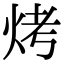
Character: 烤